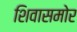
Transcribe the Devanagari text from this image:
शिवासमोर